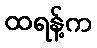
ထရန့်က